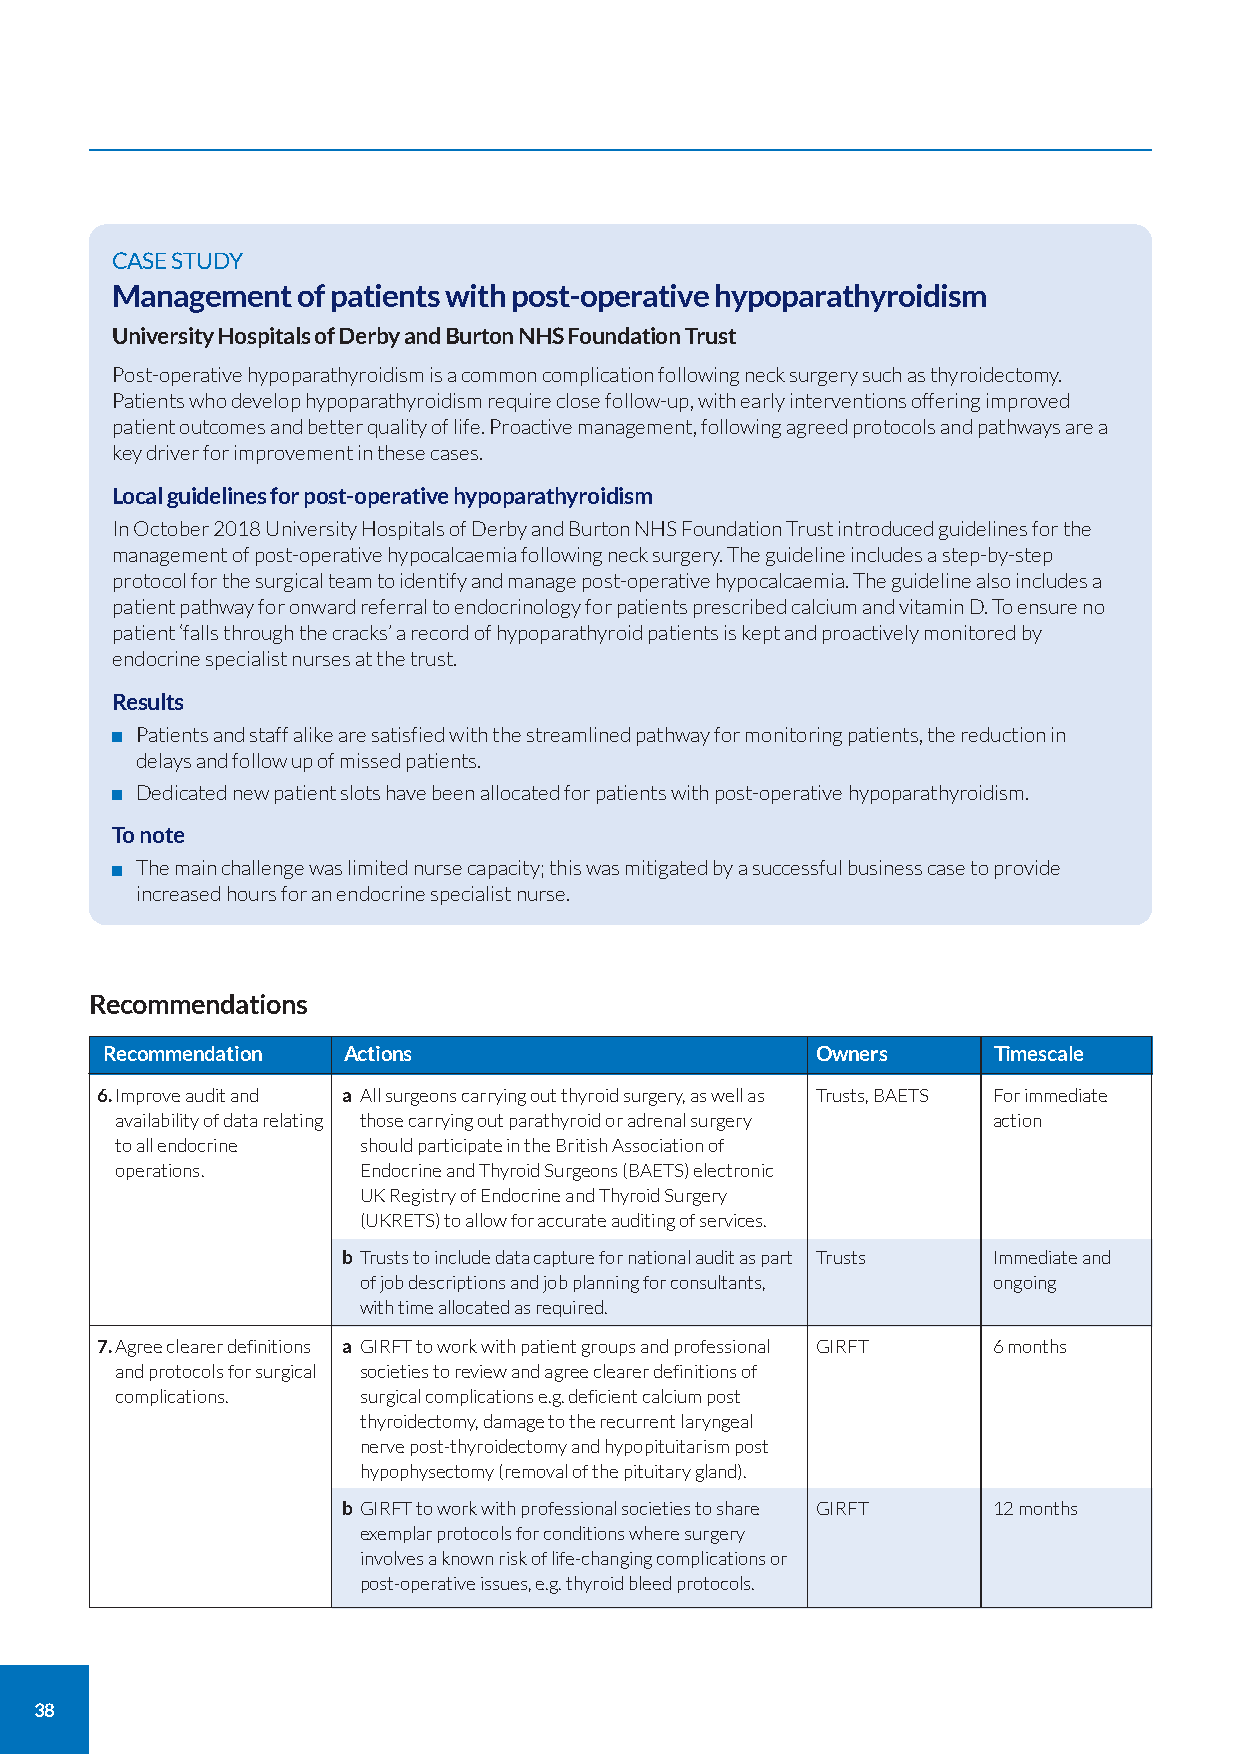
CASE STUDY
 Management   of patients with post-operative hypoparathyroidism
 University Hospitals of Derby and Burton NHS Foundation Trust
 Post-operative hypoparathyroidism is a common complication following neck surgery such as thyroidectomy.
 Patients who develop hypoparathyroidism require close follow-up, with early interventions offering improved
 patient outcomes and better quality of life. Proactive management, following agreed protocols and pathways are a
 key driver for improvement in these cases.
 Local guidelines for post-operative hypoparathyroidism
 In October 2018 University Hospitals of Derby and Burton NHS Foundation Trust introduced guidelines for the
 management of post-operative hypocalcaemia following neck surgery. The guideline includes a step-by-step
 protocol for the surgical team to identify and manage post-operative hypocalcaemia. The guideline also includes a
 patient pathway for onward referral to endocrinology for patients prescribed calcium and vitamin D. To ensure no
 patient ‘falls through the cracks’ a record of hypoparathyroid patients is kept and proactively monitored by
 endocrine specialist nurses at the trust.
 Results
 Patients and staff alike are satisfied with the streamlined pathway for monitoring patients, the reduction in
 delays and follow up of missed patients.
 Dedicated new patient slots have been allocated for patients with post-operative hypoparathyroidism.
 To note
 The main challenge was limited nurse capacity; this was mitigated by a successful business case to provide
 increased hours for an endocrine specialist nurse.
 Recommendations
 Recommendation  Actions                        Owners      Timescale
 6.Improve audit and a All surgeons carrying out thyroid surgery, as well as Trusts, BAETS For immediate
 availability of data relating those carrying out parathyroid or adrenal surgery action
 to all endocrine should participate in the British Association of
 operations.     Endocrine and Thyroid Surgeons (BAETS) electronic
 UK Registry of Endocrine and Thyroid Surgery
 (UKRETS) to allow for accurate auditing of services.
 b Trusts to include data capture for national audit as part Trusts Immediate and
 of job descriptions and job planning for consultants, ongoing
 with time allocated as required.
 7.Agree clearer definitions a GIRFT to work with patient groups and professional GIRFT 6 months
 and protocols for surgical societies to review and agree clearer definitions of
 complications.  surgical complications e.g. deficient calcium post
 thyroidectomy, damage to the recurrent laryngeal
 nerve post-thyroidectomy and hypopituitarism post
 hypophysectomy (removal of the pituitary gland).
 b GIRFT to work with professional societies to share GIRFT 12 months
 exemplar protocols for conditions where surgery
 involves a known risk of life-changing complications or
 post-operative issues, e.g. thyroid bleed protocols.
 38